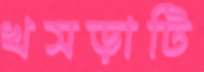
খসড়াটি